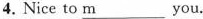
4. Nice to \underline{m} you.